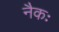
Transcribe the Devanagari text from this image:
नैकः